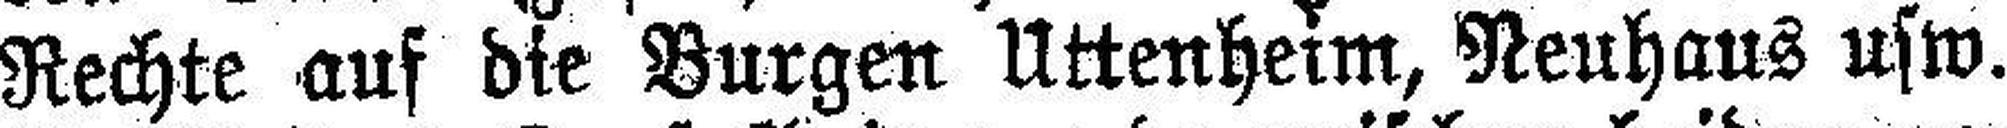
Rechte auf die Burgen Uttenheim, Neuhaus usw.